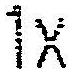
1X